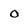
Character: 0